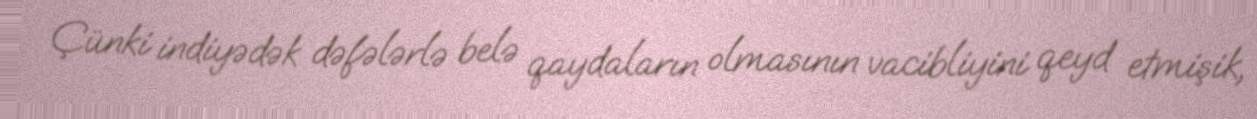
Çünki indiyədək dəfələrlə belə qaydaların olmasının vacibliyini qeyd etmişik,